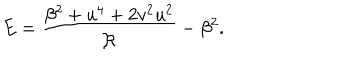
LaTeX: E = \frac { \beta ^ { 2 } + u ^ { 4 } + 2 v ^ { 2 } u ^ { 2 } } { \mathcal { R } } - \beta ^ { 2 } .